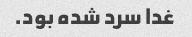
غدا سرد شده بود.